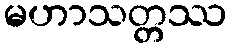
မဟာသတ္တဿ